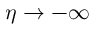
\eta \to - \infty